Indian journal of veterinary science and animal husbandry - Volume 11,
Year: 1941
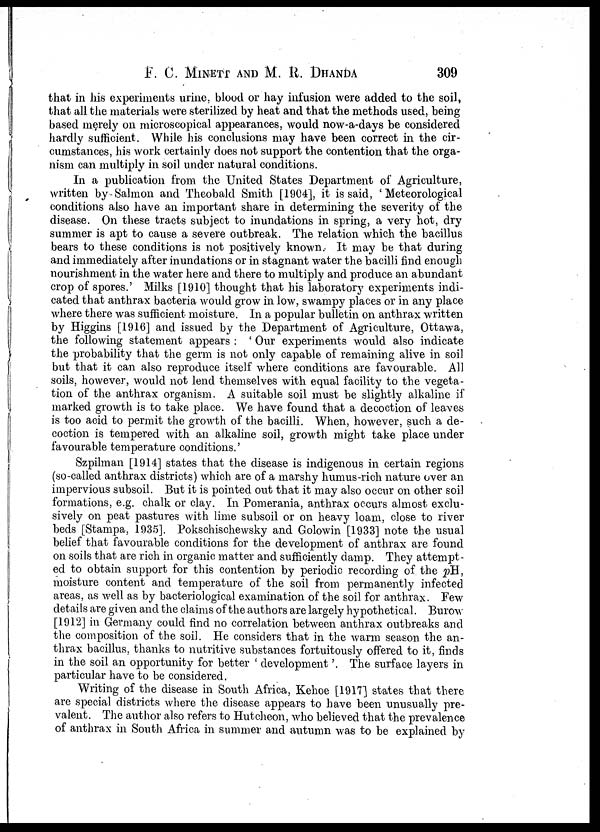
F. C. MINETT AND M. R. DHANDA 309
that in his experiments urine, blood or hay infusion were added to the soil,
that all the materials were sterilized by heat and that the methods used, being
based merely on microscopical appearances, would now-a-days be considered
hardly sufficient. While his conclusions may have been correct in the cir-
cumstances, his work certainly does not support the contention that the orga-
nism can multiply in soil under natural conditions.
In a publication from the United States Department of Agriculture,
written by Salmon and Theobald Smith [1904], it is said, 'Meteorological
conditions also have an important share in determining the severity of the
disease. On these tracts subject to inundations in spring, a very hot, dry
summer is apt to cause a severe outbreak. The relation which the bacillus
bears to these conditions is not positively known. It may be that during
and immediately after inundations or in stagnant water the bacilli find enough
nourishment in the water here and there to multiply and produce an abundant
crop of spores.' Milks [1910] thought that his laboratory experiments indi-
cated that anthrax bacteria would grow in low, swampy places or in any place
where there was sufficient moisture. In a popular bulletin on anthrax written
by Higgins [1916] and issued by the Department of Agriculture, Ottawa,
the following statement appears : ' Our experiments would also indicate
the probability that the germ is not only capable of remaining alive in soil
but that it can also reproduce itself where conditions are favourable. All
soils, however, would not lend themselves with equal facility to the vegeta-
tion of the anthrax organism. A suitable soil must be slightly alkaline if
marked growth is to take place. We have found that a decoction of leaves
is too acid to permit the growth of the bacilli. When, however, such a de-
coction is tempered with an alkaline soil, growth might take place under
favourable temperature conditions.'
Szpilman [1914] states that the disease is indigenous in certain regions
(so-called anthrax districts) which are of a marshy humus-rich nature over an
impervious subsoil. But it is pointed out that it may also occur on other soil
formations, e.g. chalk or clay. In Pomerania, anthrax occurs almost exclu-
sively on peat pastures with lime subsoil or on heavy loam, close to river
beds [Stampa, 1935]. Pokschischewsky and Golowin [1933] note the usual
belief that favourable conditions for the development of anthrax are found
on soils that are rich in organic matter and sufficiently damp. They attempt-
ed to obtain support for this contention by periodic recording of the pH,
moisture content and temperature of the soil from permanently infected
areas, as well as by bacteriological examination of the soil for anthrax. Few
details are given and the claims of the authors are largely hypothetical. Burow
[1912] in Germany could find no correlation between anthrax outbreaks and
the composition of the soil. He considers that in the warm season the an-
thrax bacillus, thanks to nutritive substances fortuitously offered to it, finds
in the soil an opportunity for better ' development'. The surface layers in
particular have to be considered.
Writing of the disease in South Africa, Kehoe [1917] states that there
are special districts where the disease appears to have been unusually pre-
valent. The author also refers to Hutcheon, who believed that the prevalence
of anthrax in South Africa in summer and autumn was to be explained by